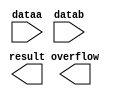
// megafunction wizard: %LPM_ADD_SUB%VBB%
// GENERATION: STANDARD
// VERSION: WM1.0
// MODULE: lpm_add_sub 

// ============================================================
// Megafunction Name(s):
// 			lpm_add_sub
//
// Simulation Library Files(s):
// 			lpm
// ============================================================
// ************************************************************
// THIS IS A WIZARD-GENERATED FILE. DO NOT EDIT THIS FILE!
//
// 9.1 Build 350 03/24/2010 SP 2 SJ Web Edition
// ************************************************************

//Copyright (C) 1991-2010 Altera Corporation
//Your use of Altera Corporation's design tools, logic functions 
//and other software and tools, and its AMPP partner logic 
//functions, and any output files from any of the foregoing 
//(including device programming or simulation files), and any 
//associated documentation or information are expressly subject 
//to the terms and conditions of the Altera Program License 
//Subscription Agreement, Altera MegaCore Function License 
//Agreement, or other applicable license agreement, including, 
//without limitation, that your use is for the sole purpose of 
//programming logic devices manufactured by Altera and sold by 
//Altera or its authorized distributors.  Please refer to the 
//applicable agreement for further details.

module lpm_add_8bit (
	dataa,
	datab,
	overflow,
	result);

	input	[7:0]  dataa;
	input	[7:0]  datab;
	output	  overflow;
	output	[7:0]  result;

endmodule

// ============================================================
// CNX file retrieval info
// ============================================================
// Retrieval info: PRIVATE: CarryIn NUMERIC "0"
// Retrieval info: PRIVATE: CarryOut NUMERIC "0"
// Retrieval info: PRIVATE: ConstantA NUMERIC "0"
// Retrieval info: PRIVATE: ConstantB NUMERIC "0"
// Retrieval info: PRIVATE: Function NUMERIC "0"
// Retrieval info: PRIVATE: INTENDED_DEVICE_FAMILY STRING "Cyclone II"
// Retrieval info: PRIVATE: LPM_PIPELINE NUMERIC "0"
// Retrieval info: PRIVATE: Latency NUMERIC "0"
// Retrieval info: PRIVATE: Overflow NUMERIC "1"
// Retrieval info: PRIVATE: RadixA NUMERIC "10"
// Retrieval info: PRIVATE: RadixB NUMERIC "10"
// Retrieval info: PRIVATE: Representation NUMERIC "0"
// Retrieval info: PRIVATE: SYNTH_WRAPPER_GEN_POSTFIX STRING "1"
// Retrieval info: PRIVATE: ValidCtA NUMERIC "0"
// Retrieval info: PRIVATE: ValidCtB NUMERIC "0"
// Retrieval info: PRIVATE: WhichConstant NUMERIC "0"
// Retrieval info: PRIVATE: aclr NUMERIC "0"
// Retrieval info: PRIVATE: clken NUMERIC "0"
// Retrieval info: PRIVATE: nBit NUMERIC "8"
// Retrieval info: CONSTANT: LPM_DIRECTION STRING "ADD"
// Retrieval info: CONSTANT: LPM_HINT STRING "ONE_INPUT_IS_CONSTANT=NO,CIN_USED=NO"
// Retrieval info: CONSTANT: LPM_REPRESENTATION STRING "SIGNED"
// Retrieval info: CONSTANT: LPM_TYPE STRING "LPM_ADD_SUB"
// Retrieval info: CONSTANT: LPM_WIDTH NUMERIC "8"
// Retrieval info: USED_PORT: dataa 0 0 8 0 INPUT NODEFVAL dataa[7..0]
// Retrieval info: USED_PORT: datab 0 0 8 0 INPUT NODEFVAL datab[7..0]
// Retrieval info: USED_PORT: overflow 0 0 0 0 OUTPUT NODEFVAL overflow
// Retrieval info: USED_PORT: result 0 0 8 0 OUTPUT NODEFVAL result[7..0]
// Retrieval info: CONNECT: result 0 0 8 0 @result 0 0 8 0
// Retrieval info: CONNECT: @dataa 0 0 8 0 dataa 0 0 8 0
// Retrieval info: CONNECT: @datab 0 0 8 0 datab 0 0 8 0
// Retrieval info: CONNECT: overflow 0 0 0 0 @overflow 0 0 0 0
// Retrieval info: LIBRARY: lpm lpm.lpm_components.all
// Retrieval info: GEN_FILE: TYPE_NORMAL lpm_add_8bit.v TRUE
// Retrieval info: GEN_FILE: TYPE_NORMAL lpm_add_8bit.inc FALSE
// Retrieval info: GEN_FILE: TYPE_NORMAL lpm_add_8bit.cmp FALSE
// Retrieval info: GEN_FILE: TYPE_NORMAL lpm_add_8bit.bsf FALSE
// Retrieval info: GEN_FILE: TYPE_NORMAL lpm_add_8bit_inst.v FALSE
// Retrieval info: GEN_FILE: TYPE_NORMAL lpm_add_8bit_bb.v TRUE
// Retrieval info: GEN_FILE: TYPE_NORMAL lpm_add_8bit_waveforms.html TRUE
// Retrieval info: GEN_FILE: TYPE_NORMAL lpm_add_8bit_wave*.jpg FALSE
// Retrieval info: GEN_FILE: TYPE_NORMAL lpm_add_8bit_syn.v TRUE
// Retrieval info: LIB_FILE: lpm